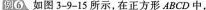
例6如图3-9-15所示，在正方形ABCD中，